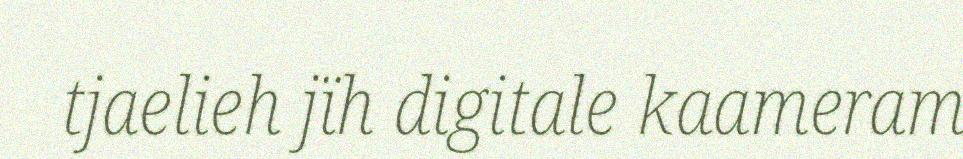
tjaelieh jïh digitale kaameram